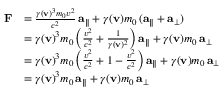
{ \begin{array} { r l } { \mathbf { F } } & { = { \frac { \gamma ( \mathbf { v } ) ^ { 3 } m _ { 0 } v ^ { 2 } } { c ^ { 2 } } } \, \mathbf { a } _ { \parallel } + \gamma ( \mathbf { v } ) m _ { 0 } \, ( \mathbf { a } _ { \parallel } + \mathbf { a } _ { \perp } ) } \\ & { = \gamma ( \mathbf { v } ) ^ { 3 } m _ { 0 } \left( { \frac { v ^ { 2 } } { c ^ { 2 } } } + { \frac { 1 } { \gamma ( \mathbf { v } ) ^ { 2 } } } \right) \mathbf { a } _ { \parallel } + \gamma ( \mathbf { v } ) m _ { 0 } \, \mathbf { a } _ { \perp } } \\ & { = \gamma ( \mathbf { v } ) ^ { 3 } m _ { 0 } \left( { \frac { v ^ { 2 } } { c ^ { 2 } } } + 1 - { \frac { v ^ { 2 } } { c ^ { 2 } } } \right) \mathbf { a } _ { \parallel } + \gamma ( \mathbf { v } ) m _ { 0 } \, \mathbf { a } _ { \perp } } \\ & { = \gamma ( \mathbf { v } ) ^ { 3 } m _ { 0 } \, \mathbf { a } _ { \parallel } + \gamma ( \mathbf { v } ) m _ { 0 } \, \mathbf { a } _ { \perp } } \end{array} }